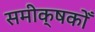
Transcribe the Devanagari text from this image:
समीक्षकोँ